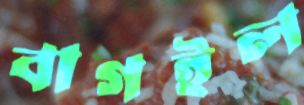
বাগইল